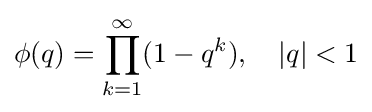
\phi (q)=\prod _{k=1}^{\infty }(1-q^{k}),\quad |q|<1